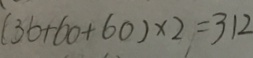
( 3 6 + 6 0 + 6 0 ) \times 2 = 3 1 2